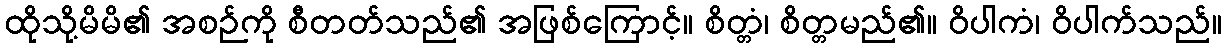
ထိုသို့မိမိ၏ အစဉ်ကို စီတတ်သည်၏ အဖြစ်ကြောင့်။ စိတ္တံ၊ စိတ္တမည်၏။ ဝိပါကံ၊ ဝိပါက်သည်။